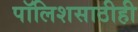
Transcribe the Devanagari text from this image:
पॉलिशसाठीही